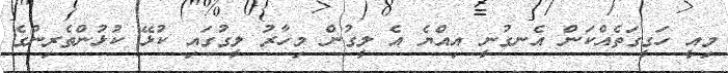
މިއީ ހަގީގަތެއްކަން އެނގުނީ އިއްޔެ އެ ލީގުން މިހާރު ލީގުގައި ކުޅޭ ކުޅުންތެރިންގެ